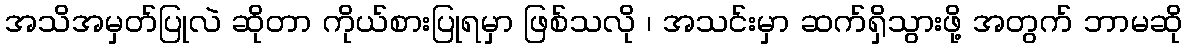
အသိအမှတ်ပြုလဲ ဆိုတာ ကိုယ်စားပြုရမှာ ဖြစ်သလို ၊ အသင်းမှာ ဆက်ရှိသွားဖို့ အတွက် ဘာမဆို